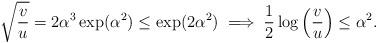
LaTeX: \begin{align*}\sqrt{\frac{v}{u}} = 2\alpha^3 \exp(\alpha^2) \leq \exp(2 \alpha^2) \implies \frac{1}{2} \log \left( \frac{v}{u} \right) \leq \alpha^2.\end{align*}